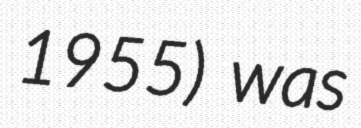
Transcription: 1955) was